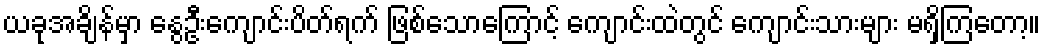
ယခုအချိန်မှာ နွေဦးကျောင်းပိတ်ရက် ဖြစ်သောကြောင့် ကျောင်းထဲတွင် ကျောင်းသားများ မရှိကြတော့။